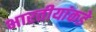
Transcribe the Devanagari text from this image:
भारतीयांकडे